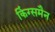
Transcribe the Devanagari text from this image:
किंग्समैन